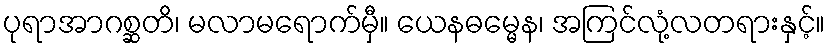
ပုရာအာဂစ္ဆတိ၊ မလာမရောက်မှီ။ ယေနဓမ္မေန၊ အကြင်လုံ့လတရားနှင့်။